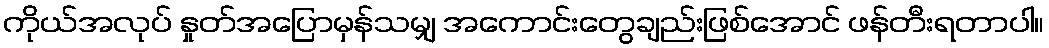
ကိုယ်အလုပ် နှုတ်အပြောမှန်သမျှ အကောင်းတွေချည်းဖြစ်အောင် ဖန်တီးရတာပါ။